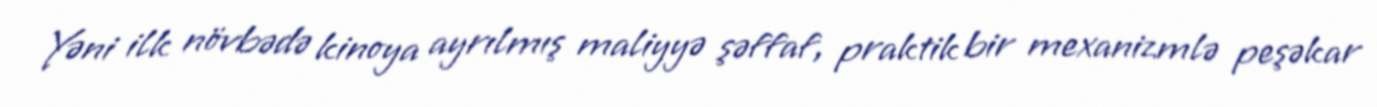
Yəni ilk növbədə kinoya ayrılmış maliyyə şəffaf, praktik bir mexanizmlə peşəkar